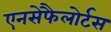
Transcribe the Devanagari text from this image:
एनसेफैलोर्टस